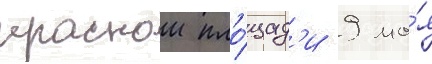
краснои пло́щад'и 9 ма́я